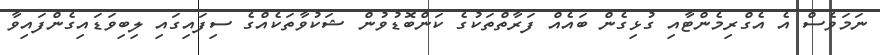
ނަމަވެސް އެ އެގްރިމެންޓާއި ގުޅިގެން ބައެއް ފަރާތްތަކުގެ ކަންބޮޑުވުން ޝަކުވާތަކެއްގެ ސިފައިގައި ލިބިވަޑައިގެންފައިވާ